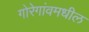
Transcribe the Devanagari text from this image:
गोरेगांवमधील